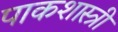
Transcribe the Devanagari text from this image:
पाकशास्त्री